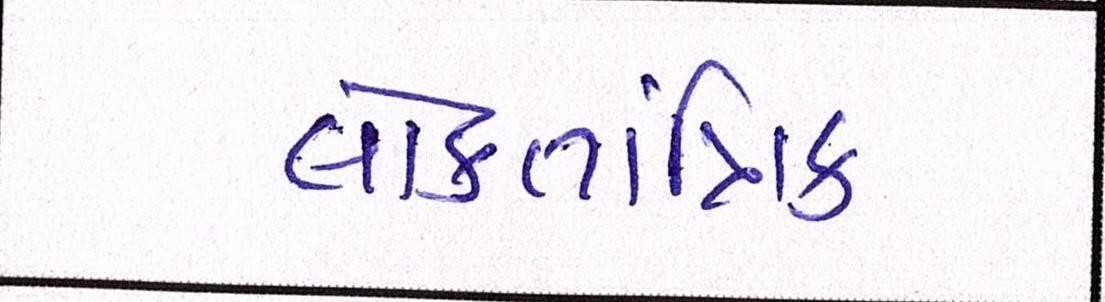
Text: લોકતાંત્રિક